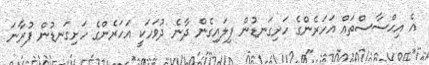
އެ އިޙްސާސްތައް އަހަރެންގެ ހަށިގަނޑުން ފިލައިގެން ދާނެ ދުވަހަކީ އަހަރެންގެ ހަށިގަނޑުން ފުރާނަ